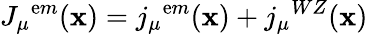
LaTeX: {J_{\mu}}^{\mathrm{e}m}(\mathbf{x})={j_{\mu}}^{\mathrm{e}m}(\mathbf{x})+{j_{\mu}}^{WZ}(\mathbf{x})